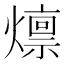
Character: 燷